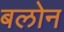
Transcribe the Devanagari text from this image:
बलोन